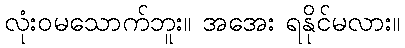
လုံးဝမသောက်ဘူး။ အအေး ရနိုင်မလား။